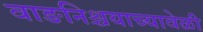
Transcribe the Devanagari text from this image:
वाङनिश्चयाच्यावेळी